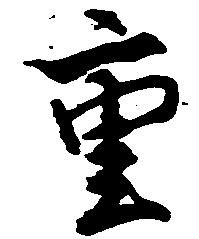
重